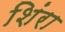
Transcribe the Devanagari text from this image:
शिंरा